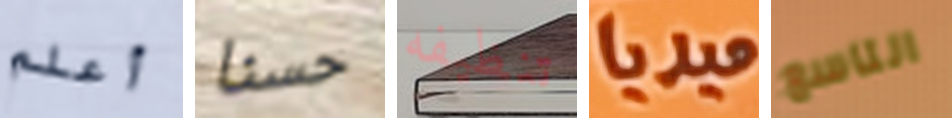
أعلم حسنا تنظيفه ميديا التاسع